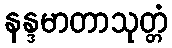
နန္ဒမာတာသုတ္တံ